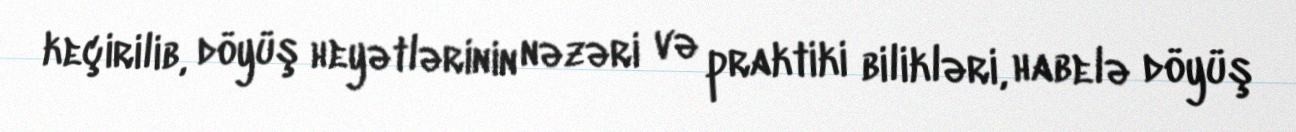
keçirilib, döyüş heyətlərinin nəzəri və praktiki bilikləri, habelə döyüş